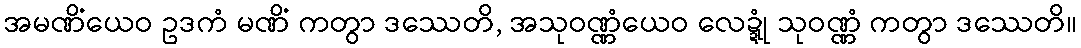
အမဏိံယေဝ ဥဒကံ မဏိံ ကတွာ ဒဿေတိ, အသုဝဏ္ဏံယေဝ လေဍ္ဍုံ သုဝဏ္ဏံ ကတွာ ဒဿေတိ။